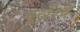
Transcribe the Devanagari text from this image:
मूर्खश्च